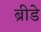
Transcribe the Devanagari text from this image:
ब्रीडे